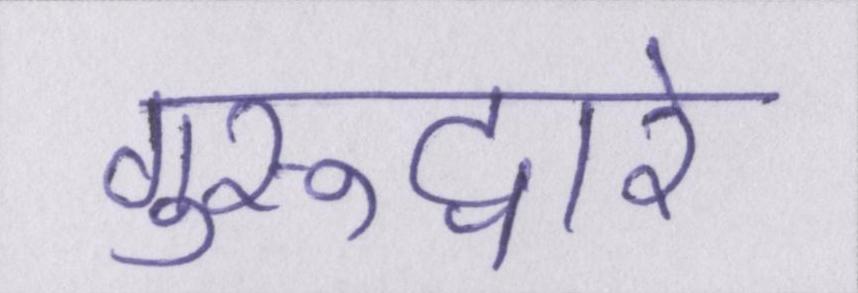
गुरूद्वारे